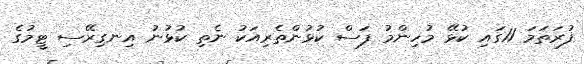
ފުރަތަމަ 11ގައި ކުޅޭ މުހިންމު ފަސް ކުޅުންތެރިއަކު ނެތި ކުޅުނު އިނގިރޭސި ޓީމުގެ